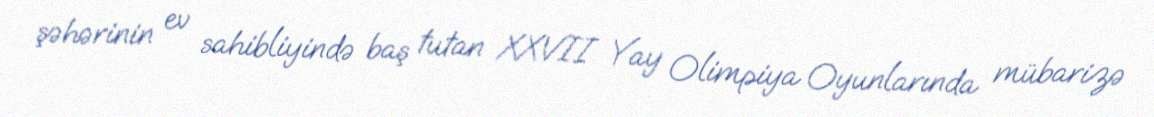
şəhərinin ev sahibliyində baş tutan XXVII Yay Olimpiya Oyunlarında mübarizə